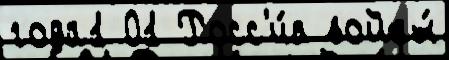
года1 01 Росс'и́я войны́